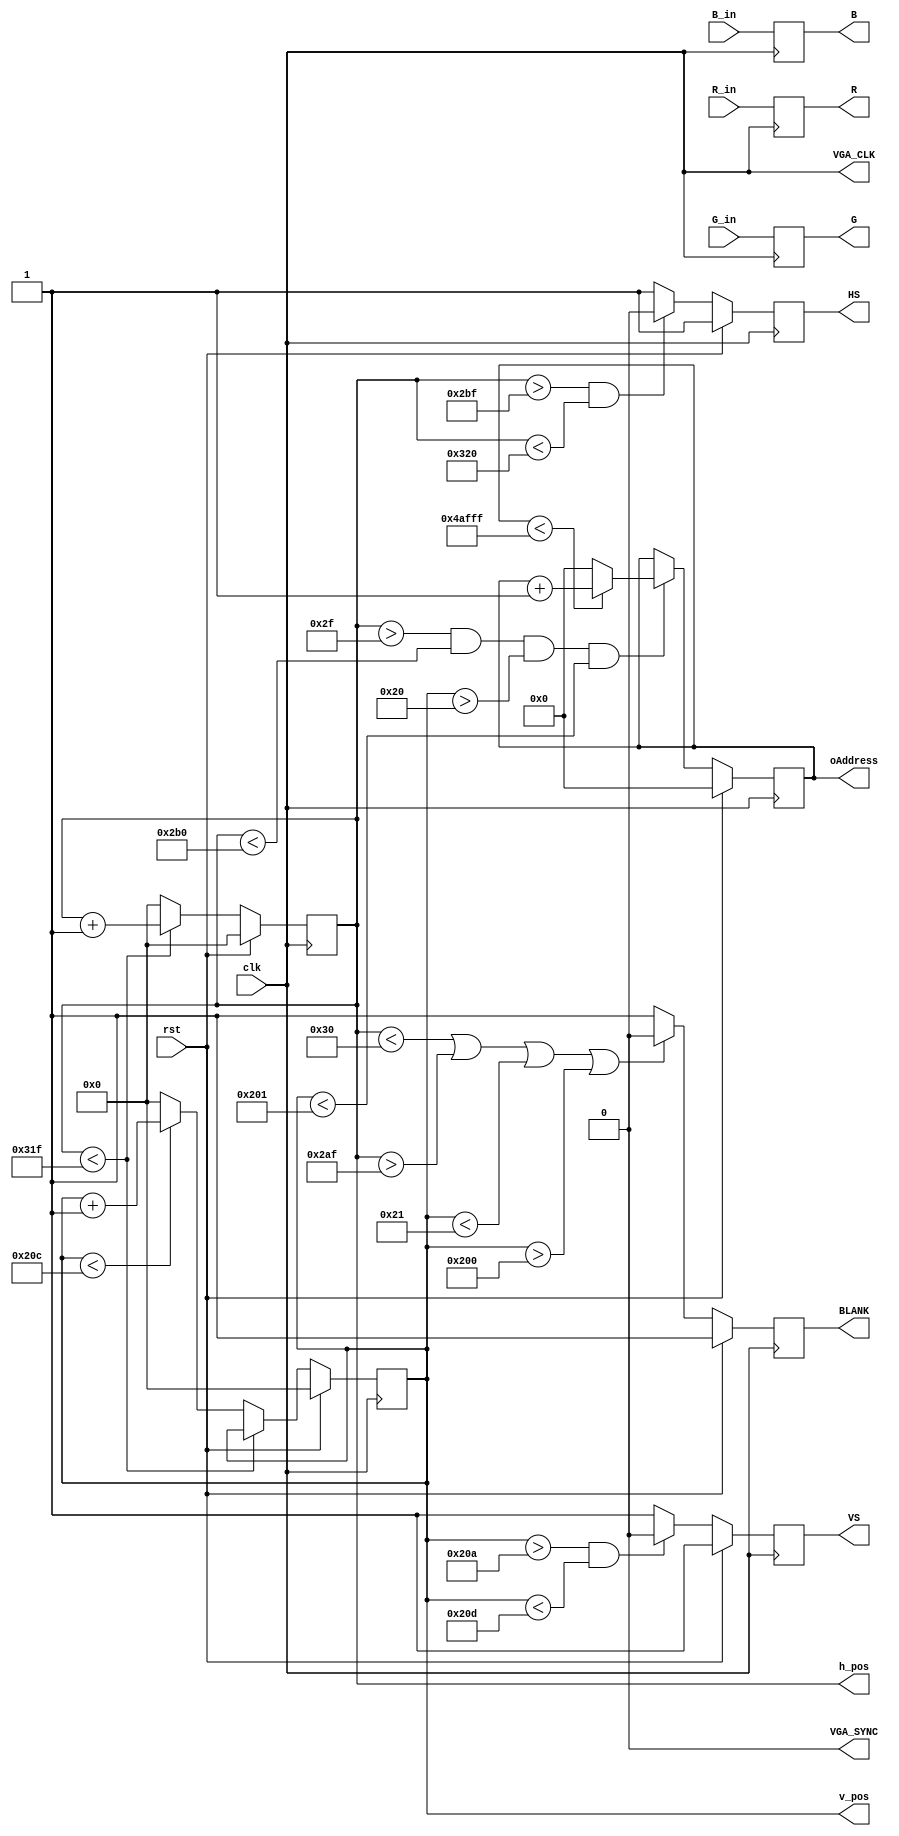
module VGA_Interface(
    // Entradas
    input [7:0] R_in,
    input [7:0] G_in,
    input [7:0] B_in,
    input clk, 
    input rst,

    // Saídas
    output reg [7:0] R,
    output reg [7:0] G,
    output reg [7:0] B,
    output reg HS, 
    output reg VS,
    output reg BLANK,
    output VGA_SYNC, 
    output VGA_CLK,
    output reg [9:0] h_pos, 
    output reg [9:0] v_pos,
    output reg [15:0] oAddress
);

    // Parâmetros para as especificações VGA
    parameter HORIZONTAL_FRONT_PORCH = 16;
    parameter HORIZONTAL_SYNC_PULSE = 96;
    parameter HORIZONTAL_BACK_PORCH = 48;
    parameter HORIZONTAL_DISPLAY = 640;
    parameter HORIZONTAL_BLANK = HORIZONTAL_SYNC_PULSE + HORIZONTAL_BACK_PORCH;
    parameter HORIZONTAL_TOTAL = HORIZONTAL_FRONT_PORCH + HORIZONTAL_SYNC_PULSE + HORIZONTAL_BACK_PORCH + HORIZONTAL_DISPLAY;

    parameter VERTICAL_FRONT_PORCH = 10;
    parameter VERTICAL_SYNC_PULSE = 2;
    parameter VERTICAL_BACK_PORCH = 33;
    parameter VERTICAL_DISPLAY = 480;
    parameter VERTICAL_BLANK = VERTICAL_SYNC_PULSE + VERTICAL_BACK_PORCH;
    parameter VERTICAL_TOTAL = VERTICAL_FRONT_PORCH + VERTICAL_SYNC_PULSE + VERTICAL_BACK_PORCH + VERTICAL_DISPLAY;

    // Lógica de Controle Principal
    always @(posedge clk)
    begin
        if (rst == 1'b1)
        begin
            // Reinicializa as posições horizontal e vertical
            h_pos <= 10'b0000000000;
            v_pos <= 10'b0000000000;
        end
        else
        begin
            // Atualiza a posição horizontal, mantendo-a dentro dos limites da tela
            if (h_pos < HORIZONTAL_TOTAL - 1)
                h_pos <= h_pos + 1'b1;
            else
            begin
                h_pos <= 1'b0;
                // Atualiza a posição vertical, mantendo-a dentro dos limites da tela
                if (v_pos < VERTICAL_TOTAL - 1)
                    v_pos <= v_pos + 1'b1;
                else
                    v_pos <= 1'b0;
            end
        end
    end

    // Sincronismo Horizontal
    always @(posedge clk)
    begin
        if (rst == 1'b1)
            HS <= 1'b1;
        else
        begin
            // Durante a exibição da imagem, desativa o sinal de sincronismo horizontal
            if ((h_pos > HORIZONTAL_BACK_PORCH + HORIZONTAL_DISPLAY + HORIZONTAL_FRONT_PORCH - 1) && (h_pos < HORIZONTAL_TOTAL))
                HS <= 1'b0;
            else
                HS <= 1'b1;
        end
    end

    // Sincronismo Vertical
    always @(posedge clk)
    begin
        if (rst == 1'b1)
            VS <= 1'b1;
        else
        begin
            // Durante a exibição da imagem, desativa o sinal de sincronismo vertical
            if ((v_pos > VERTICAL_BACK_PORCH + VERTICAL_DISPLAY + VERTICAL_FRONT_PORCH - 1) && (v_pos < VERTICAL_TOTAL))
                VS <= 1'b0;
            else
                VS <= 1'b1;
        end
    end

    // Blank
    always @(posedge clk)
    begin
        if (rst == 1'b1)
            BLANK <= 1'b1;
        else
        begin
            // Durante a exibição da imagem, desativa o sinal de blank dentro dos limites
            if ((h_pos < HORIZONTAL_BACK_PORCH) || (h_pos > HORIZONTAL_BACK_PORCH + HORIZONTAL_DISPLAY - 1) || (v_pos < VERTICAL_BACK_PORCH) || (v_pos > VERTICAL_BACK_PORCH + VERTICAL_DISPLAY - 1))
                BLANK <= 1'b0;
            else
                BLANK <= 1'b1;
        end
    end

    // Atribuições
    assign VGA_CLK = clk;
    assign VGA_SYNC = 1'b0;

    always @(posedge clk)
    begin
        // Atualiza as cores R, G, e B a partir das entradas R_in, G_in, e B_in
        R <= R_in;
        G <= G_in;
        B <= B_in;
    end

    // Geração de endereços na memória
    always @(posedge clk)
    begin
        // Reset no circuito, endereço vai para zero
        if (rst == 1'b1)
            oAddress <= 16'h00000;
        else
        begin
            // Operação na parte visível do vídeo
            if ((h_pos > HORIZONTAL_BACK_PORCH - 1) && (h_pos < HORIZONTAL_BACK_PORCH + HORIZONTAL_DISPLAY) && (v_pos > VERTICAL_BACK_PORCH - 1) && (v_pos < VERTICAL_BACK_PORCH + VERTICAL_DISPLAY))
            begin
                // Enquanto não tiver atingido o último pixel
                if (oAddress < ((HORIZONTAL_DISPLAY * VERTICAL_DISPLAY) - 1))
                    oAddress <= oAddress + 1'b1;
                // Retorna para o início após atingir o último pixel
                else
                    oAddress <= 1'b0;
            end
            // Operação na parte de sincronismo do vídeo
            else
                oAddress <= oAddress;
        end
    end
endmodule